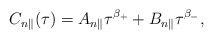
\begin{align*}C_{n\parallel}(\tau)=A_{n\parallel}\tau^{\beta_+}+B_{n\parallel}\tau^{\beta_-},\end{align*}